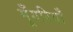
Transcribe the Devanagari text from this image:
मूँगरियाँ